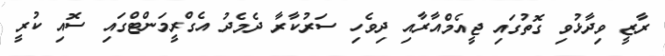
ރާޒީ ވިދާޅުވި ގޮތުގައި ޖީއެމްއާރާއި ދިވެހި ސަރުކާރާ ދެމެދު އެގްރީމަންޓްގައި ސޮއި ކުރީ